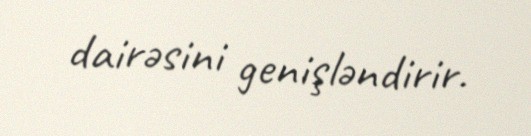
dairəsini genişləndirir.